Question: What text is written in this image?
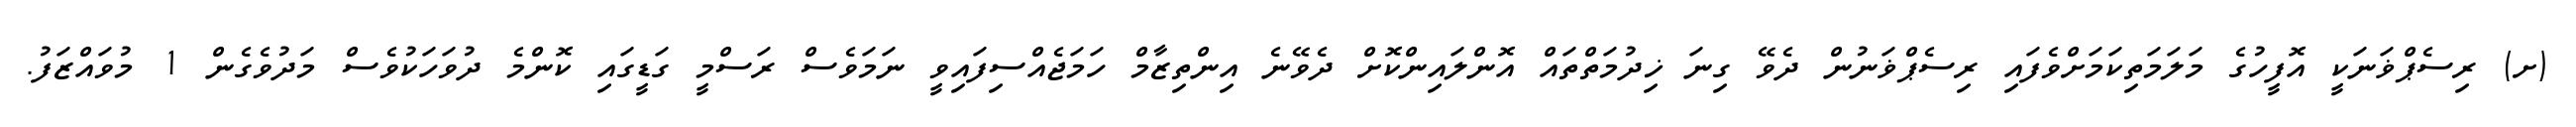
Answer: (ށ) ރިސެޕްޥަނަކީ އޮފީހުގެ މަލަމަތިކަމަށްވެފައި ރިސެޕްޥަނުން ދެވޭ ގިނަ ޚިދުމަތްތައް އޮންލައިންކޮށް ދެވޭނެ އިންތިޒާމް ހަމަޖެއްސިފައިވީ ނަމަވެސް ރަސްމީ ގަޑީގައި ކޮންމެ ދުވަހަކުވެސް މަދުވެގެން 1 މުވައްޒަފު.